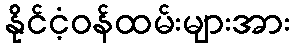
နိုင်ငံ့ဝန်ထမ်းများအား